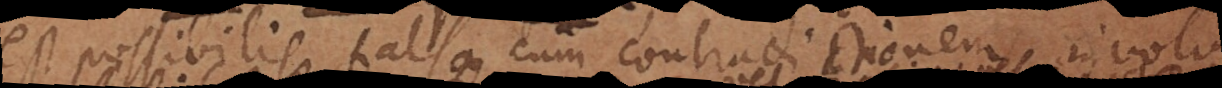
est possibilis, falsa cum contradictionem involvit.